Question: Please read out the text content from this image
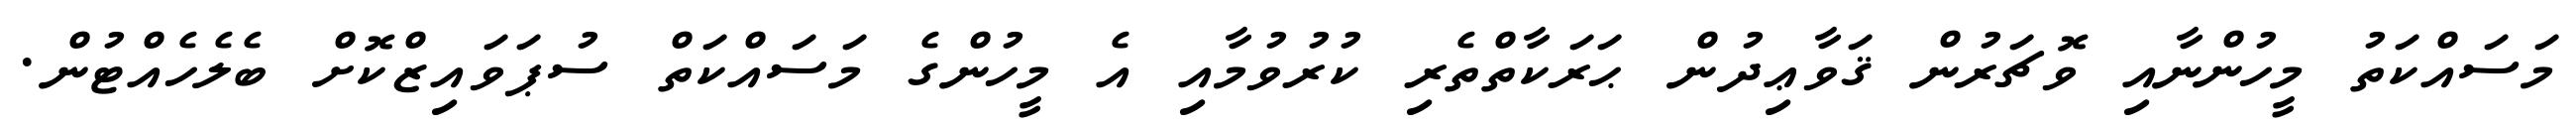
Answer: މަސައްކަތު މީހުންނާއި ވޮޗަރުން ޤަވާޢިދުން ޙަރަކާތްތެރި ކުރުވުމާއި އެ މީހުންގެ މަސައްކަތް ސުޕަވައިޒްކޮށް ބެލެހެއްޓުން.